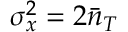
\sigma _ { x } ^ { 2 } = 2 \bar { n } _ { T }